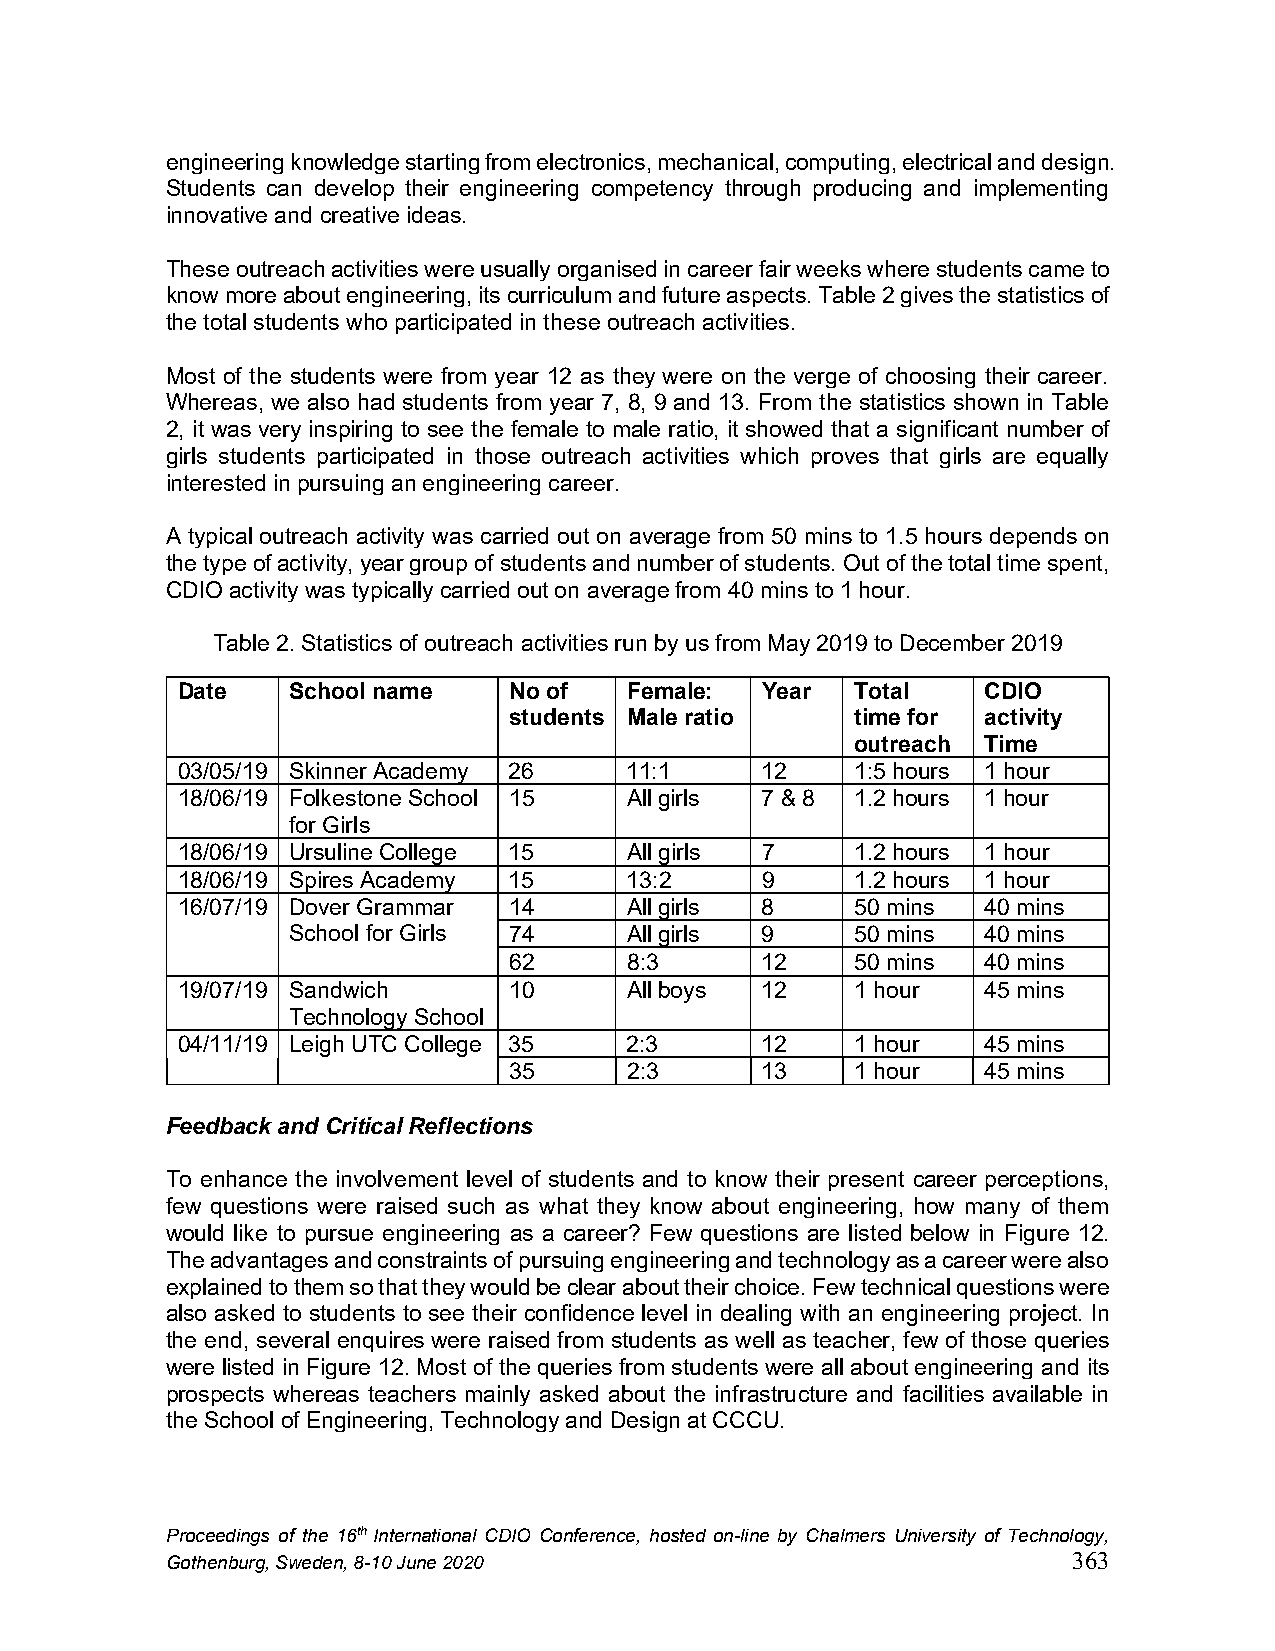
engineering knowledge starting from electronics, mechanical, computing, electrical and design.
 Students can develop their engineering competency through producing and implementing
 innovative and creative ideas.
 These outreach activities were usually organised in career fair weeks where students came to
 know more about engineering, its curriculum and future aspects. Table 2 gives the statistics of
 the total students who participated in these outreach activities.
 Most of the students were from year 12 as they were on the verge of choosing their career.
 Whereas, we also had students from year 7, 8, 9 and 13. From the statistics shown in Table
 2, it was very inspiring to see the female to male ratio, it showed that a significant number of
 girls students participated in those outreach activities which proves that girls are equally
 interested in pursuing an engineering career.
 A typical outreach activity was carried out on average from 50 mins to 1.5 hours depends on
 the type of activity, year group of students and number of students. Out of the total time spent,
 CDIO activity was typically carried out on average from 40 mins to 1 hour.
 Table 2. Statistics of outreach activities run by us from May 2019 to December 2019
 Date   School name    No of   Female: Year   Total   CDIO
 students Male ratio    time for activity
 outreach Time
 03/05/19 Skinner Academy 26   11:1    12     1:5 hours 1 hour
 18/06/19 Folkestone School 15 All girls 7 & 8 1.2 hours 1 hour
 for Girls
 18/06/19 Ursuline College 15  All girls 7    1.2 hours 1 hour
 18/06/19 Spires Academy 15    13:2    9      1.2 hours 1 hour
 16/07/19 Dover Grammar 14     All girls 8    50 mins 40 mins
 School for Girls 74    All girls 9    50 mins 40 mins
 62      8:3     12     50 mins 40 mins
 19/07/19 Sandwich     10      All boys 12    1 hour  45 mins
 Technology School
 04/11/19 Leigh UTC College 35 2:3     12     1 hour  45 mins
 35      2:3     13     1 hour  45 mins
 Feedback and Critical Reflections
 To enhance the involvement level of students and to know their present career perceptions,
 few questions were raised such as what they know about engineering, how many of them
 would like to pursue engineering as a career? Few questions are listed below in Figure 12.
 The advantages and constraints of pursuing engineering and technology as a career were also
 explained to them so that they would be clear about their choice. Few technical questions were
 also asked to students to see their confidence level in dealing with an engineering project. In
 the end, several enquires were raised from students as well as teacher, few of those queries
 were listed in Figure 12. Most of the queries from students were all about engineering and its
 prospects whereas teachers mainly asked about the infrastructure and facilities available in
 the School of Engineering, Technology and Design at CCCU.
 Proceedings of the 16th International CDIO Conference, hosted on-line by Chalmers University of Technology,
 Gothenburg, Sweden, 8-10 June 2020                          363